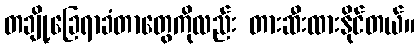
တချို့ခြေရာခံတာတွေကိုလည်း တားဆီးထားနိုင်တယ်။